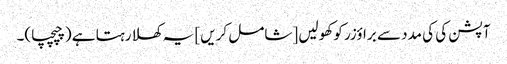
آپشن کی کی مدد سے براؤزر کو کھولیں [شامل کریں] یہ کھلا رہتا ہے (چپچپا)۔